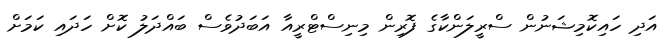
އަދި ހައިކޮމިޝަނުން ސްރީލަންކާގެ ފޮރިން މިނިސްޓްރީއާ އަބަދުވެސް ބައްދަލު ކޮޮށް ހަދައި ކަމަށް